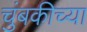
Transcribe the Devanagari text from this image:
चुंबकीच्या